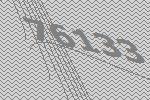
76133